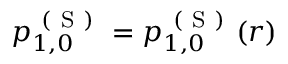
p _ { 1 , 0 } ^ { \mathrm { ~ ( ~ S ~ ) ~ } } = p _ { 1 , 0 } ^ { \mathrm { ~ ( ~ S ~ ) ~ } } ( r )